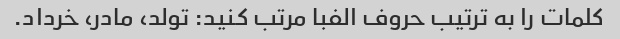
کلمات را به ترتیب حروف الفبا مرتب کنید: تولد، مادر، خرداد.